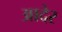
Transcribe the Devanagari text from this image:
आदेर